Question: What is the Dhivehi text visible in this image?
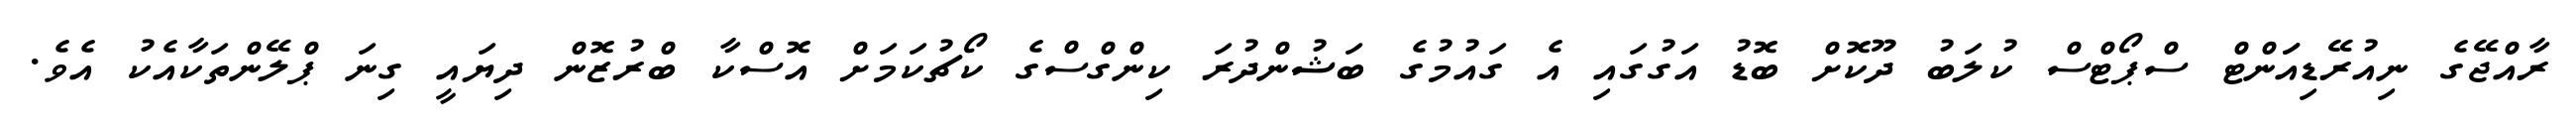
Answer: ރާއްޖޭގެ ނިއުރޭޑިއަަންޓް ސްޕޯޓްސް ކުލަބު ދޫކޮށް ބޮޑު އަގުގައި އެ ގައުމުގެ ބަޝުންދުރަ ކިންގްސްގެ ކޯޗުކަމަށް އޮސްކާ ބްރުޒޮން ދިޔައީ ގިނަ ޕްލޭންތަކާއެކު އެވެ.